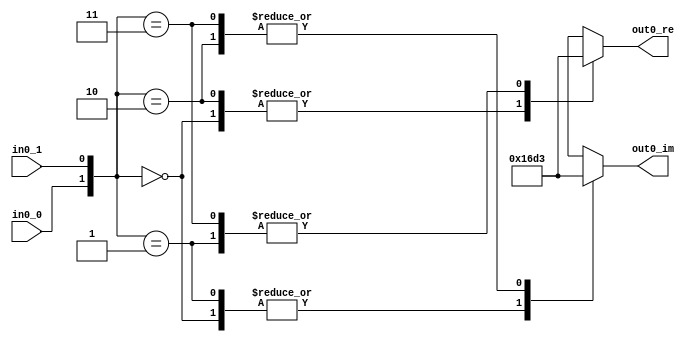
// -------------------------------------------------------------
// 
// 
// Generated by MATLAB 9.13 and HDL Coder 4.0
// 
// -------------------------------------------------------------


// -------------------------------------------------------------
// 
// Module: M_PSK_Modulator_Baseband
// Source Path: gm_untitled/HDL_DUT/Subsystem/Subsystem/M-PSK Modulator Baseband
// Hierarchy Level: 1
// 
// -------------------------------------------------------------

`timescale 1 ns / 1 ns

module M_PSK_Modulator_Baseband
          (in0_0,
           in0_1,
           out0_re,
           out0_im);


  input   in0_0;  // boolean
  input   in0_1;  // boolean
  output  signed [6:0] out0_re;  // sfix7_En6
  output  signed [6:0] out0_im;  // sfix7_En6


  wire [0:1] in0;  // boolean [2]
  wire [1:0] constellationLUTaddress;  // ufix2
  wire signed [6:0] constellationLUT_t1_re [0:3];  // sfix7_En6 [4]
  wire signed [6:0] constellationLUT_t1_im [0:3];  // sfix7_En6 [4]


  assign in0[0] = in0_0;
  assign in0[1] = in0_1;

  assign constellationLUTaddress = {in0[0], in0[1]};

  assign constellationLUT_t1_re[0] = 7'sb0101101;
  assign constellationLUT_t1_re[1] = 7'sb1010011;
  assign constellationLUT_t1_re[2] = 7'sb0101101;
  assign constellationLUT_t1_re[3] = 7'sb1010011;
  assign constellationLUT_t1_im[0] = 7'sb0101101;
  assign constellationLUT_t1_im[1] = 7'sb0101101;
  assign constellationLUT_t1_im[2] = 7'sb1010011;
  assign constellationLUT_t1_im[3] = 7'sb1010011;
  assign out0_re = constellationLUT_t1_re[constellationLUTaddress];
  assign out0_im = constellationLUT_t1_im[constellationLUTaddress];

endmodule  // M_PSK_Modulator_Baseband